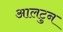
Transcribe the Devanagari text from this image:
आलटुन